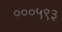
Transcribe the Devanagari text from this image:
०००५९३